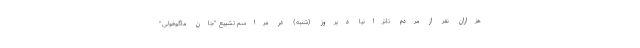
هزاران نفر از مردم تانزانیا دیروز (شنبه) در مراسم تشییع "جان ماگوفولی"